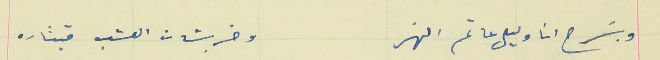
وبسَرح انا وليلى عا تم النهر                                        وخربشات العشب قيثاره